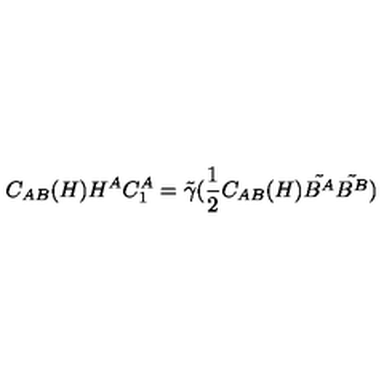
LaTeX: C _ { A B } ( H ) H ^ { A } C _ { 1 } ^ { A } = \tilde { \gamma } ( \frac { 1 } { 2 } C _ { A B } ( H ) \tilde { B ^ { A } } \tilde { B ^ { B } } )